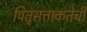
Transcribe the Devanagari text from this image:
पितृसत्ताकतेची